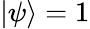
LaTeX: \left|\psi\right\rangle=1